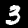
Label: 3